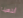
أنتهينا